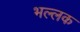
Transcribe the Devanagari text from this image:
भल्लक